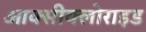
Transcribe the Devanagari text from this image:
आक्सीक्लोराइड